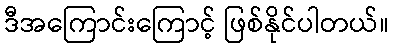
ဒီအကြောင်းကြောင့် ဖြစ်နိုင်ပါတယ်။